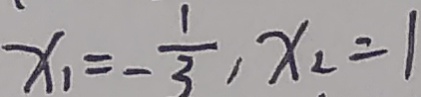
x _ { 1 } = - \frac { 1 } { 3 } , x _ { 2 } = 1